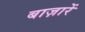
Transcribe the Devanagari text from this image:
बाज़ारें